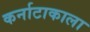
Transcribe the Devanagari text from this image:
कर्नाटाकाला